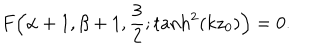
F \Bigl ( \alpha + 1 , \beta + 1 , \frac { 3 } { 2 } ; \tanh ^ { 2 } ( k z _ { 0 } ) \Bigr ) = 0 .